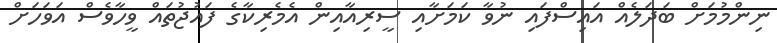
ނިންމުމަށް ބަދަލެއް އައިސްފައި ނުވާ ކަމަށާއި ސީރިއާއިން އެމެރިކާގެ ފައުޖުތައް ވީހާވެސް އަވަހަށް